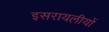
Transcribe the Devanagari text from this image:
इसरायलीयों